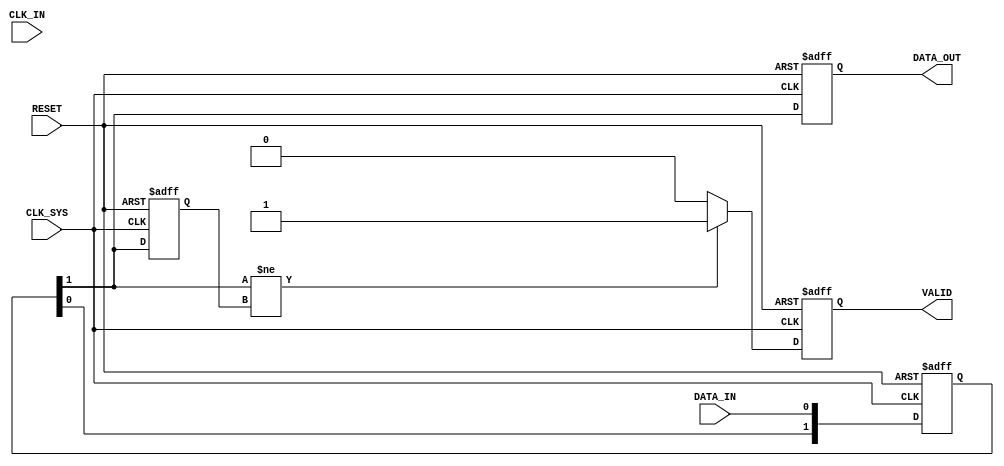
module async_to_sync_converter (
    input wire                DATA_IN,    // Asynchronous data input
    input wire                CLK_IN,     // Asynchronous clock input
    input wire                CLK_SYS,     // Synchronous system clock
    input wire                RESET,      // Asynchronous reset
    output reg               DATA_OUT,    // Synchronized data output
    output reg               VALID        // Valid signal
);

    // Internal signals
    reg [1:0] data_sync;              // Synchronization register for DATA_IN
    reg data_in_prev;                 // Previous value of DATA_IN for edge detection

    // Dual flip-flop synchronizer for DATA_IN
    always @(posedge CLK_SYS or posedge RESET) begin
        if (RESET) begin
            data_sync <= 2'b00;
            DATA_OUT <= 1'b0;
            VALID <= 1'b0;
            data_in_prev <= 1'b0;
        end else begin
            data_sync[0] <= DATA_IN;                  // Sample DATA_IN on CLK_SYS
            data_sync[1] <= data_sync[0];             // Second stage synchronization
            DATA_OUT <= data_sync[1];                  // Output synchronized data
            
            // Edge detection for valid signal
            if (data_sync[1] != data_in_prev) begin
                VALID <= 1'b1;                         // Assert VALID if DATA_IN changed
            end else begin
                VALID <= 1'b0;                         // Deassert VALID if no change
            end
            
            // Update previous value of DATA_IN
            data_in_prev <= data_sync[1];
        end
    end

endmodule